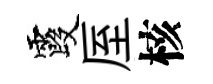
霞厔核